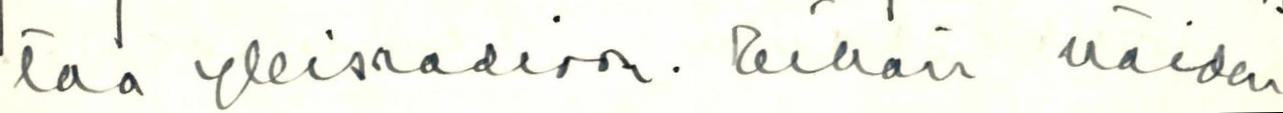
taa yleisradioon. Eihän näiden